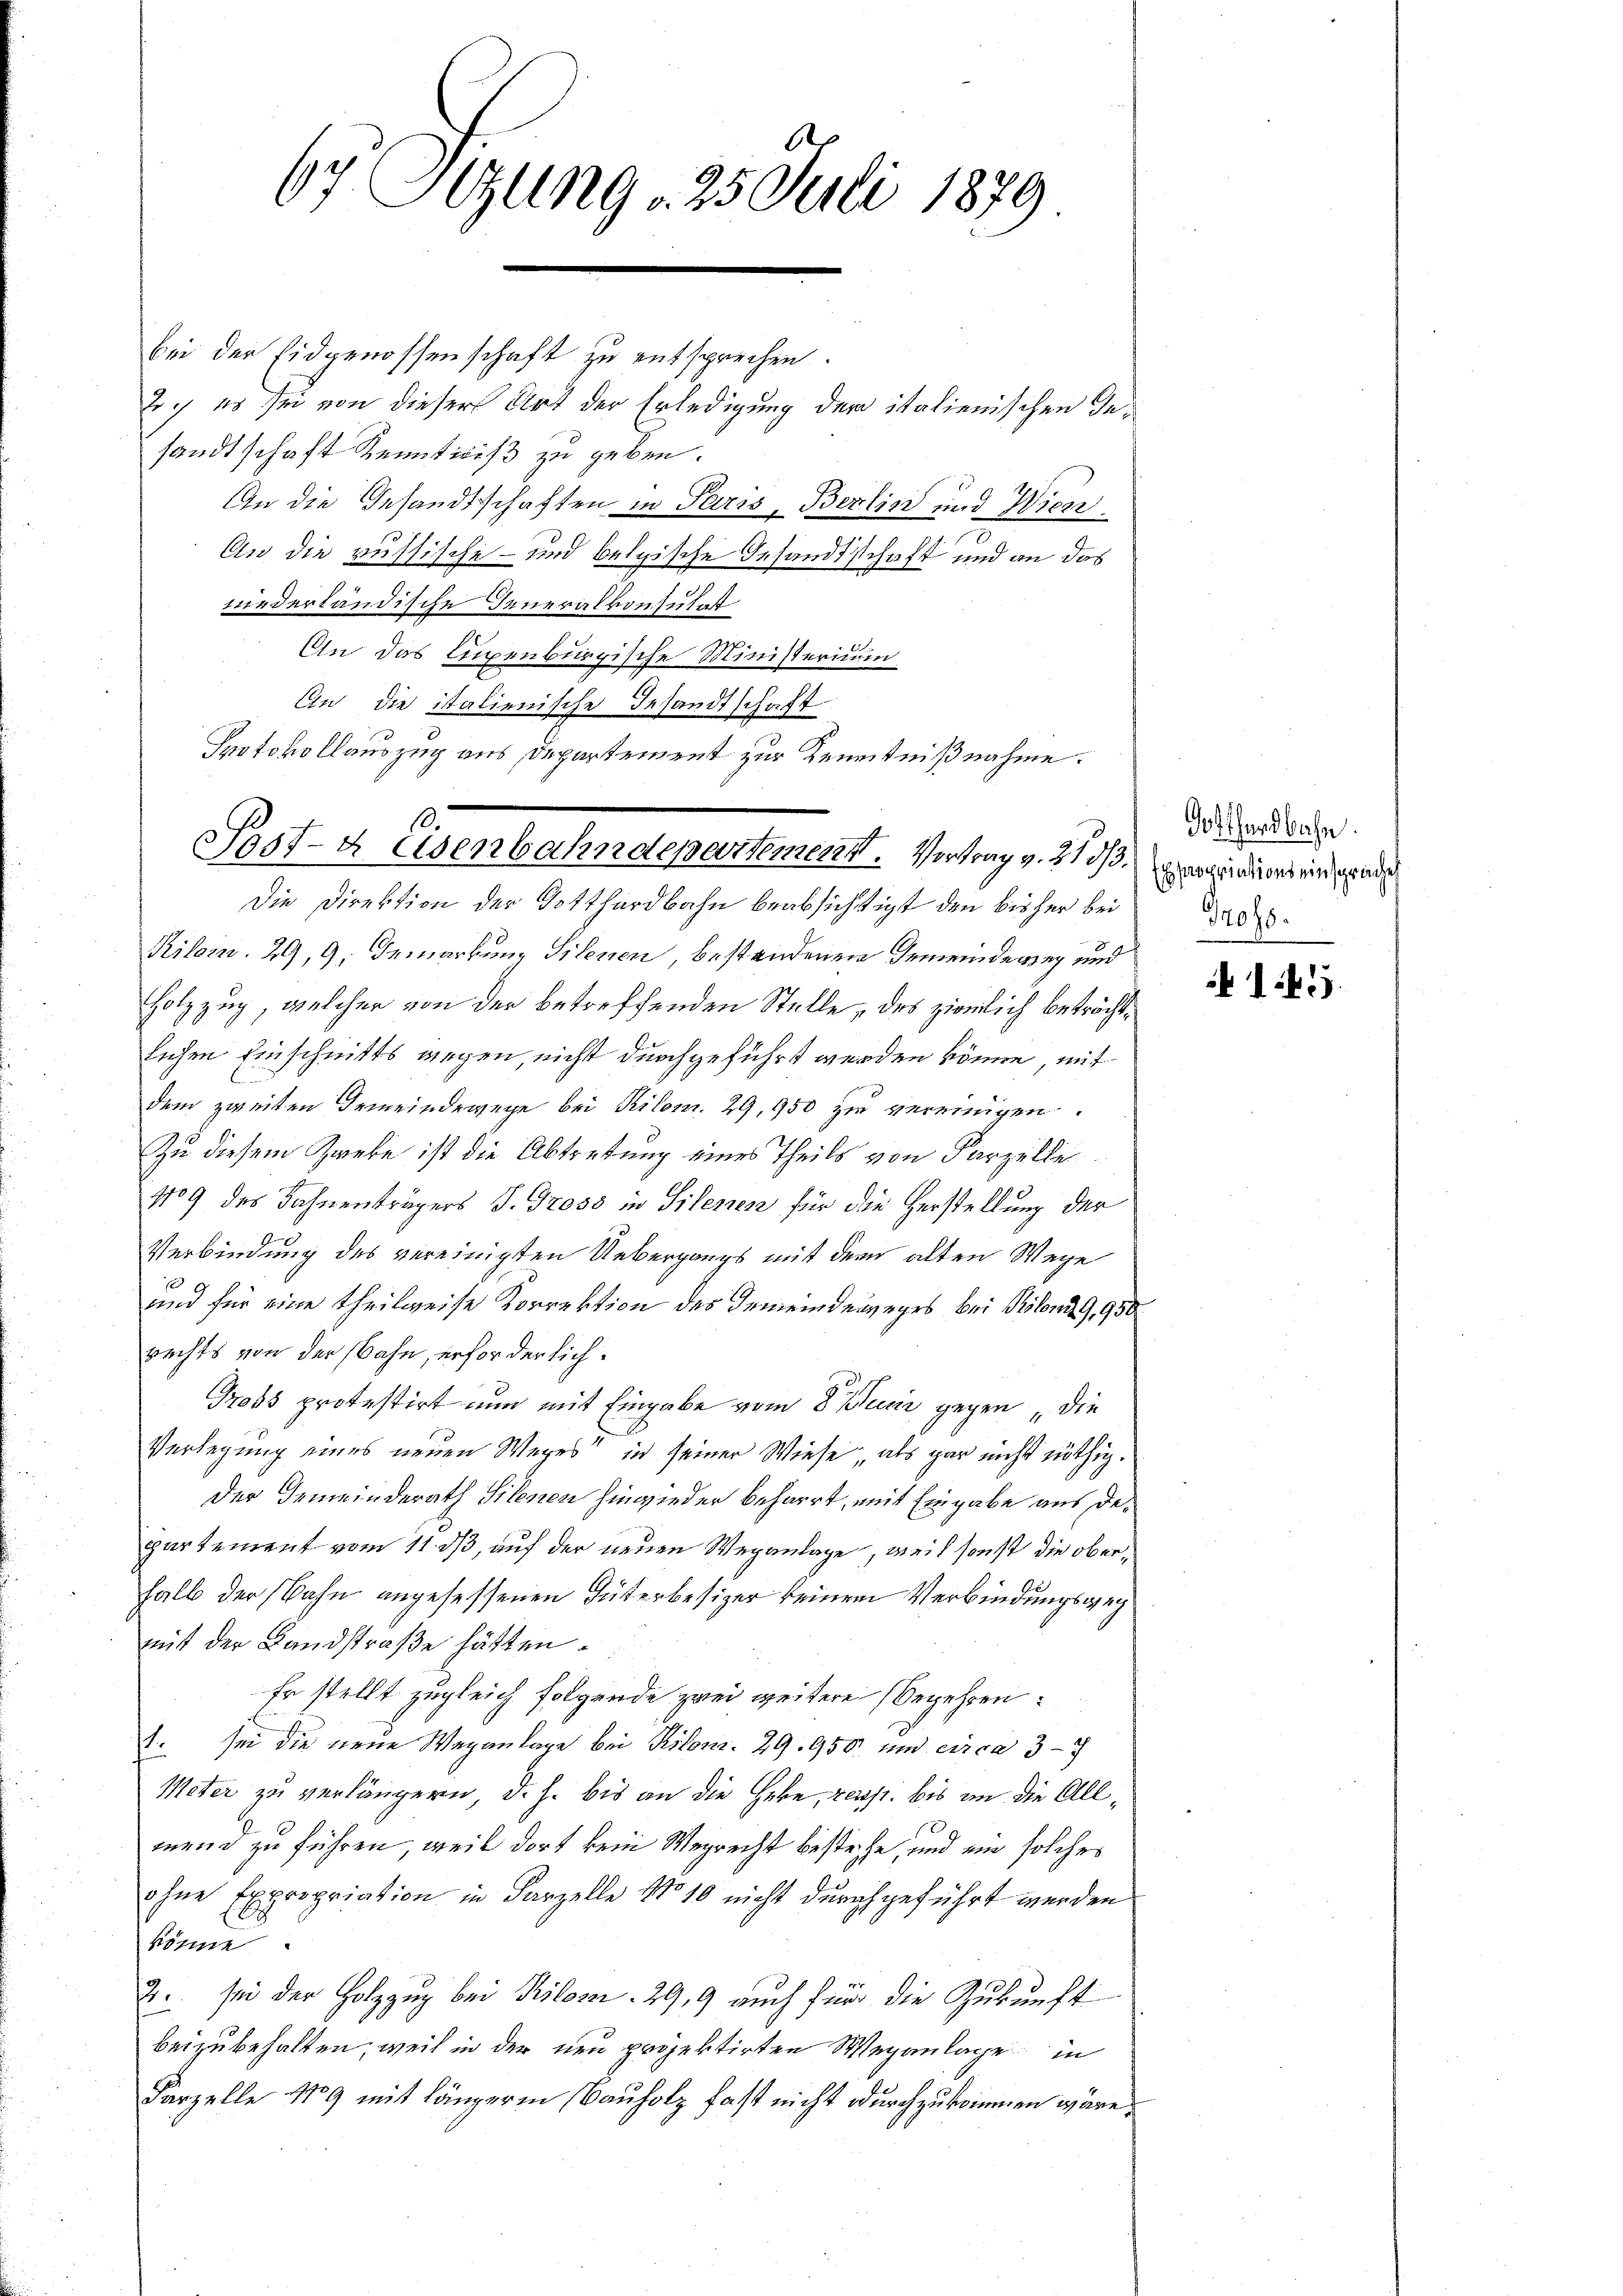
67 Sizung 25. Juli 1879

bei der Eidgenossenschaft zu entsprechen.
Joch es sei von dieser Art der Erledigung der italienischen Gesandtschaft Kenntniß zu geben.
An die Gesandtschaften in Paris, Berlin und Wiezzi
An die russische- und belgische Gesandtschaft und an das
niederländische Generalkonsulast
r
An das Luxenburgische Ministerium
An die italienische Gesandtschaft
Protokollauszug aus Departement zur Kenntnißnahme.

.
Post- & Eisenbahndepartement. Vertrag v. 2. ds. in dort ein ande

Die Direktion der Gotthardbahn beabsichtigt den bisher bei
Kilom. 29, 9, Gemarkung Silenen, bestandenen Gemeindeweg und
Holzzug, welcher von der betreffenden Stelle, des ziemlich beträchtlichen Einschnitts wegen, nicht durchgeführt werden könne, mit
dem zweiten Gemeindewege bei Kilom. 29, 950 zu vereinigen.
Zu diesem Zweke ist die Abtretung eines Theils von Parzelle
1709 des Fahnenträgers J. Gross in Silenen für die Herstellung der
Verbindung des vereinigten Uebergangs mit dem alten Wege
und für eine theilweise Korrektion des Gemeindeweges bei Prolong,950.
rechts von der Bahn, erforderlich.
Gross protestirt nun mit Eingabe vom 8. Junii gegen „die
Verlegung eines neuen Weges in seiner Wiese als gar nicht nöthig.
Der Gemeinderath Silenen hinwieder beharrt, mit Eingabe aus departement vom 11. ds, auf der neuen Weganlage, weil sonst die oberhalb der Bahn angesessenen Güterbesizer keinem Verbindungsgeg
mit der Landstraße hätten.
Er stellt zugleich folgende zwei weitere Begehren:
1. sei die neue Weganlage bei Kilon. 29. 950 und circa 37
Meter zu verlängern, d. h. bis an die Hebe, resp. bis in die Allment zu führen, weil dort kein Wegrecht bestehe, und ein solches
ohne Expropriation in Parzelle No 10 nicht durchgeführt werden
Böhme
2. sei der Holzzŭg bei Pilovar 299 aŭch für die Zŭkŭnft
beizubehalten, weil in der neu projektirten Weganlage in
Karzelle 1789 mit längeren Bauholz fast nicht durchzukommen wäre.

Gotthardbahn.
Gross.

142.